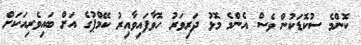
ކޮންމެ ސުކޮޑަކުން ވެސް އެންމެ މޮޅު ދަރިވަރު ހޮވާފައިވާއިރު ކޭމްޕުގެ އަށް ބައިވެރިއަކަށް